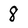
Character: 8